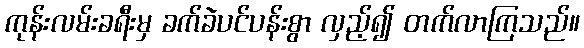
ကုန်းလမ်းခရီးမှ ခက်ခဲပင်ပန်းစွာ လှည့်၍ တက်လာကြသည်။